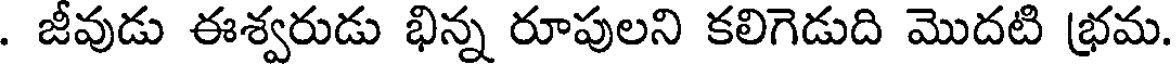
. జీవుడు ఈశ్వరుడు భిన్న రూపులని కలిగెడుది మొదటి భ్రమ.